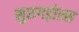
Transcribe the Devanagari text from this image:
मुरुगड़ोस्स